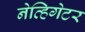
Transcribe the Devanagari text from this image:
नेव्हिगेटर